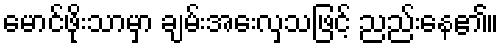
မောင်ဖိုးသာမှာ ချမ်းအေးလှသဖြင့် ညည်းနေ၏။